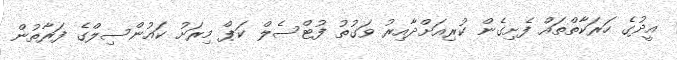
އީދުގެ ހަރަކާތްތައް ފެށިގެން ކުރިއަށްދާއިރު ވަގުތު ފުޓްސެލް ކަޕް މިރަށު ކައުންސިލްގެ ފަރާތުން